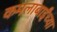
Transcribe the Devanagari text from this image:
कमलाबाईंच्या